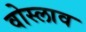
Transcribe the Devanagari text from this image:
वोस्लाव